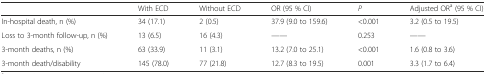
<table><thead><tr><td></td><td><b>With ECD</b></td><td><b>Without ECD</b></td><td><b>OR (95 % CI)</b></td><td><b><i>P</i></b></td><td><b>Adjusted OR<sup>a</sup> (95 % CI)</b></td></tr></thead><tbody><tr><td>In-hospital death, n (%)</td><td>34 (17.1)</td><td>2 (0.5)</td><td>37.9 (9.0 to 159.6)</td><td>&lt;0.001</td><td>3.2 (0.5 to 19.5)</td></tr><tr><td>Loss to 3-month follow-up, n (%)</td><td>13 (6.5)</td><td>16 (4.3)</td><td>——</td><td>0.253</td><td>——</td></tr><tr><td>3-month deaths, n (%)</td><td>63 (33.9)</td><td>11 (3.1)</td><td>13.2 (7.0 to 25.1)</td><td>&lt;0.001</td><td>1.6 (0.8 to 3.6)</td></tr><tr><td>3-month death/disability</td><td>145 (78.0)</td><td>77 (21.8)</td><td>12.7 (8.3 to 19.5)</td><td>0.001</td><td>3.3 (1.7 to 6.4)</td></tr></tbody></table>